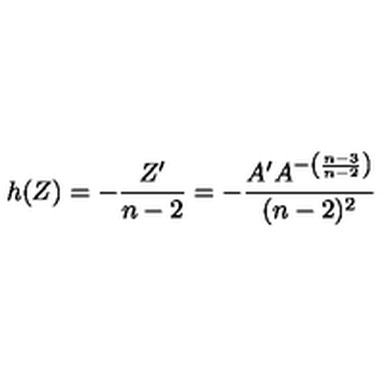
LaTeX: h ( Z ) = - \frac { Z ^ { \prime } } { n - 2 } = - \frac { A ^ { \prime } A ^ { - \left( \frac { n - 3 } { n - 2 } \right) } } { ( n - 2 ) ^ { 2 } }